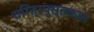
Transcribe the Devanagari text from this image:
चरित्रपुस्तकात